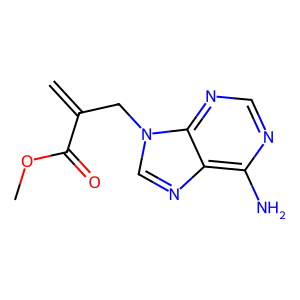
SMILES: C=C(Cn1cnc2c(N)ncnc21)C(=O)OC
Inhibits HIV replication: No